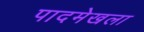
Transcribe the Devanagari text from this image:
पादमेखला